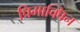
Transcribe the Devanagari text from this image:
प्रिमाक्विन